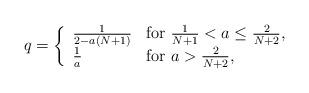
LaTeX: \begin{align*}q=\left\{\begin{array}{lll}\frac{1}{2-a(N+1)} & \mbox{for }\frac{1}{N+1}<a\leq\frac{2}{N+2},\\\frac{1}{a} & \mbox{for } a>\frac{2}{N+2},\\\end{array}\right.\end{align*}